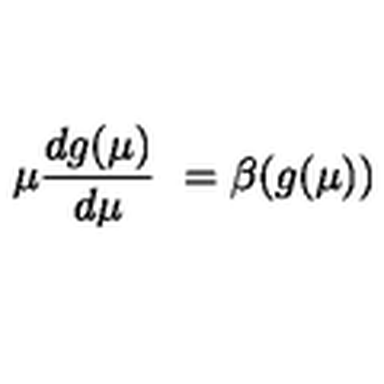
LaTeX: \mu \frac { d g ( \mu ) } { d \mu } \ = \beta ( g ( \mu ) )